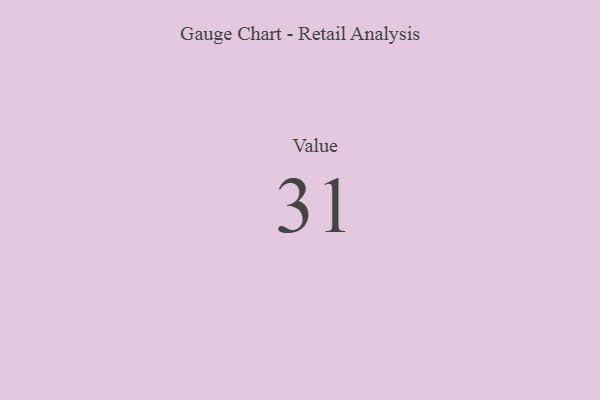
{"axis": {"x": "Metric", "y": "Value"}, "legend": [""], "data": [{"x": "Value", "y": 31, "type": ""}]}